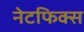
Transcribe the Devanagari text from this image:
नेटफिक्स